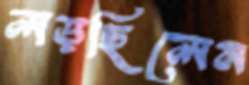
লড়ছিলেন